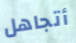
أتجاهل